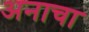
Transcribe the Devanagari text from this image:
अनाचा